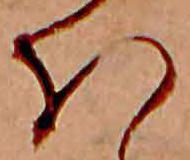
ほ